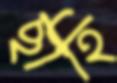
ছাহি